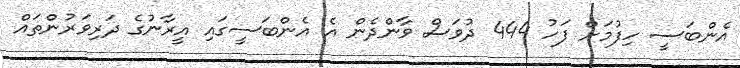
އެންބަސީ ހިފުމަށް ފަހު 444 ދުވަސް ވާންދެން އެ އެންބަސީގައި އީރާނުގެ ދަރިވަރުންތައް